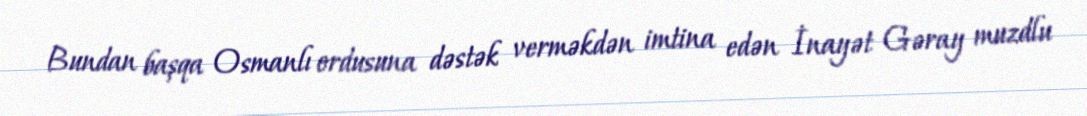
Bundan başqa Osmanlı ordusuna dəstək verməkdən imtina edən İnayət Gəray muzdlu